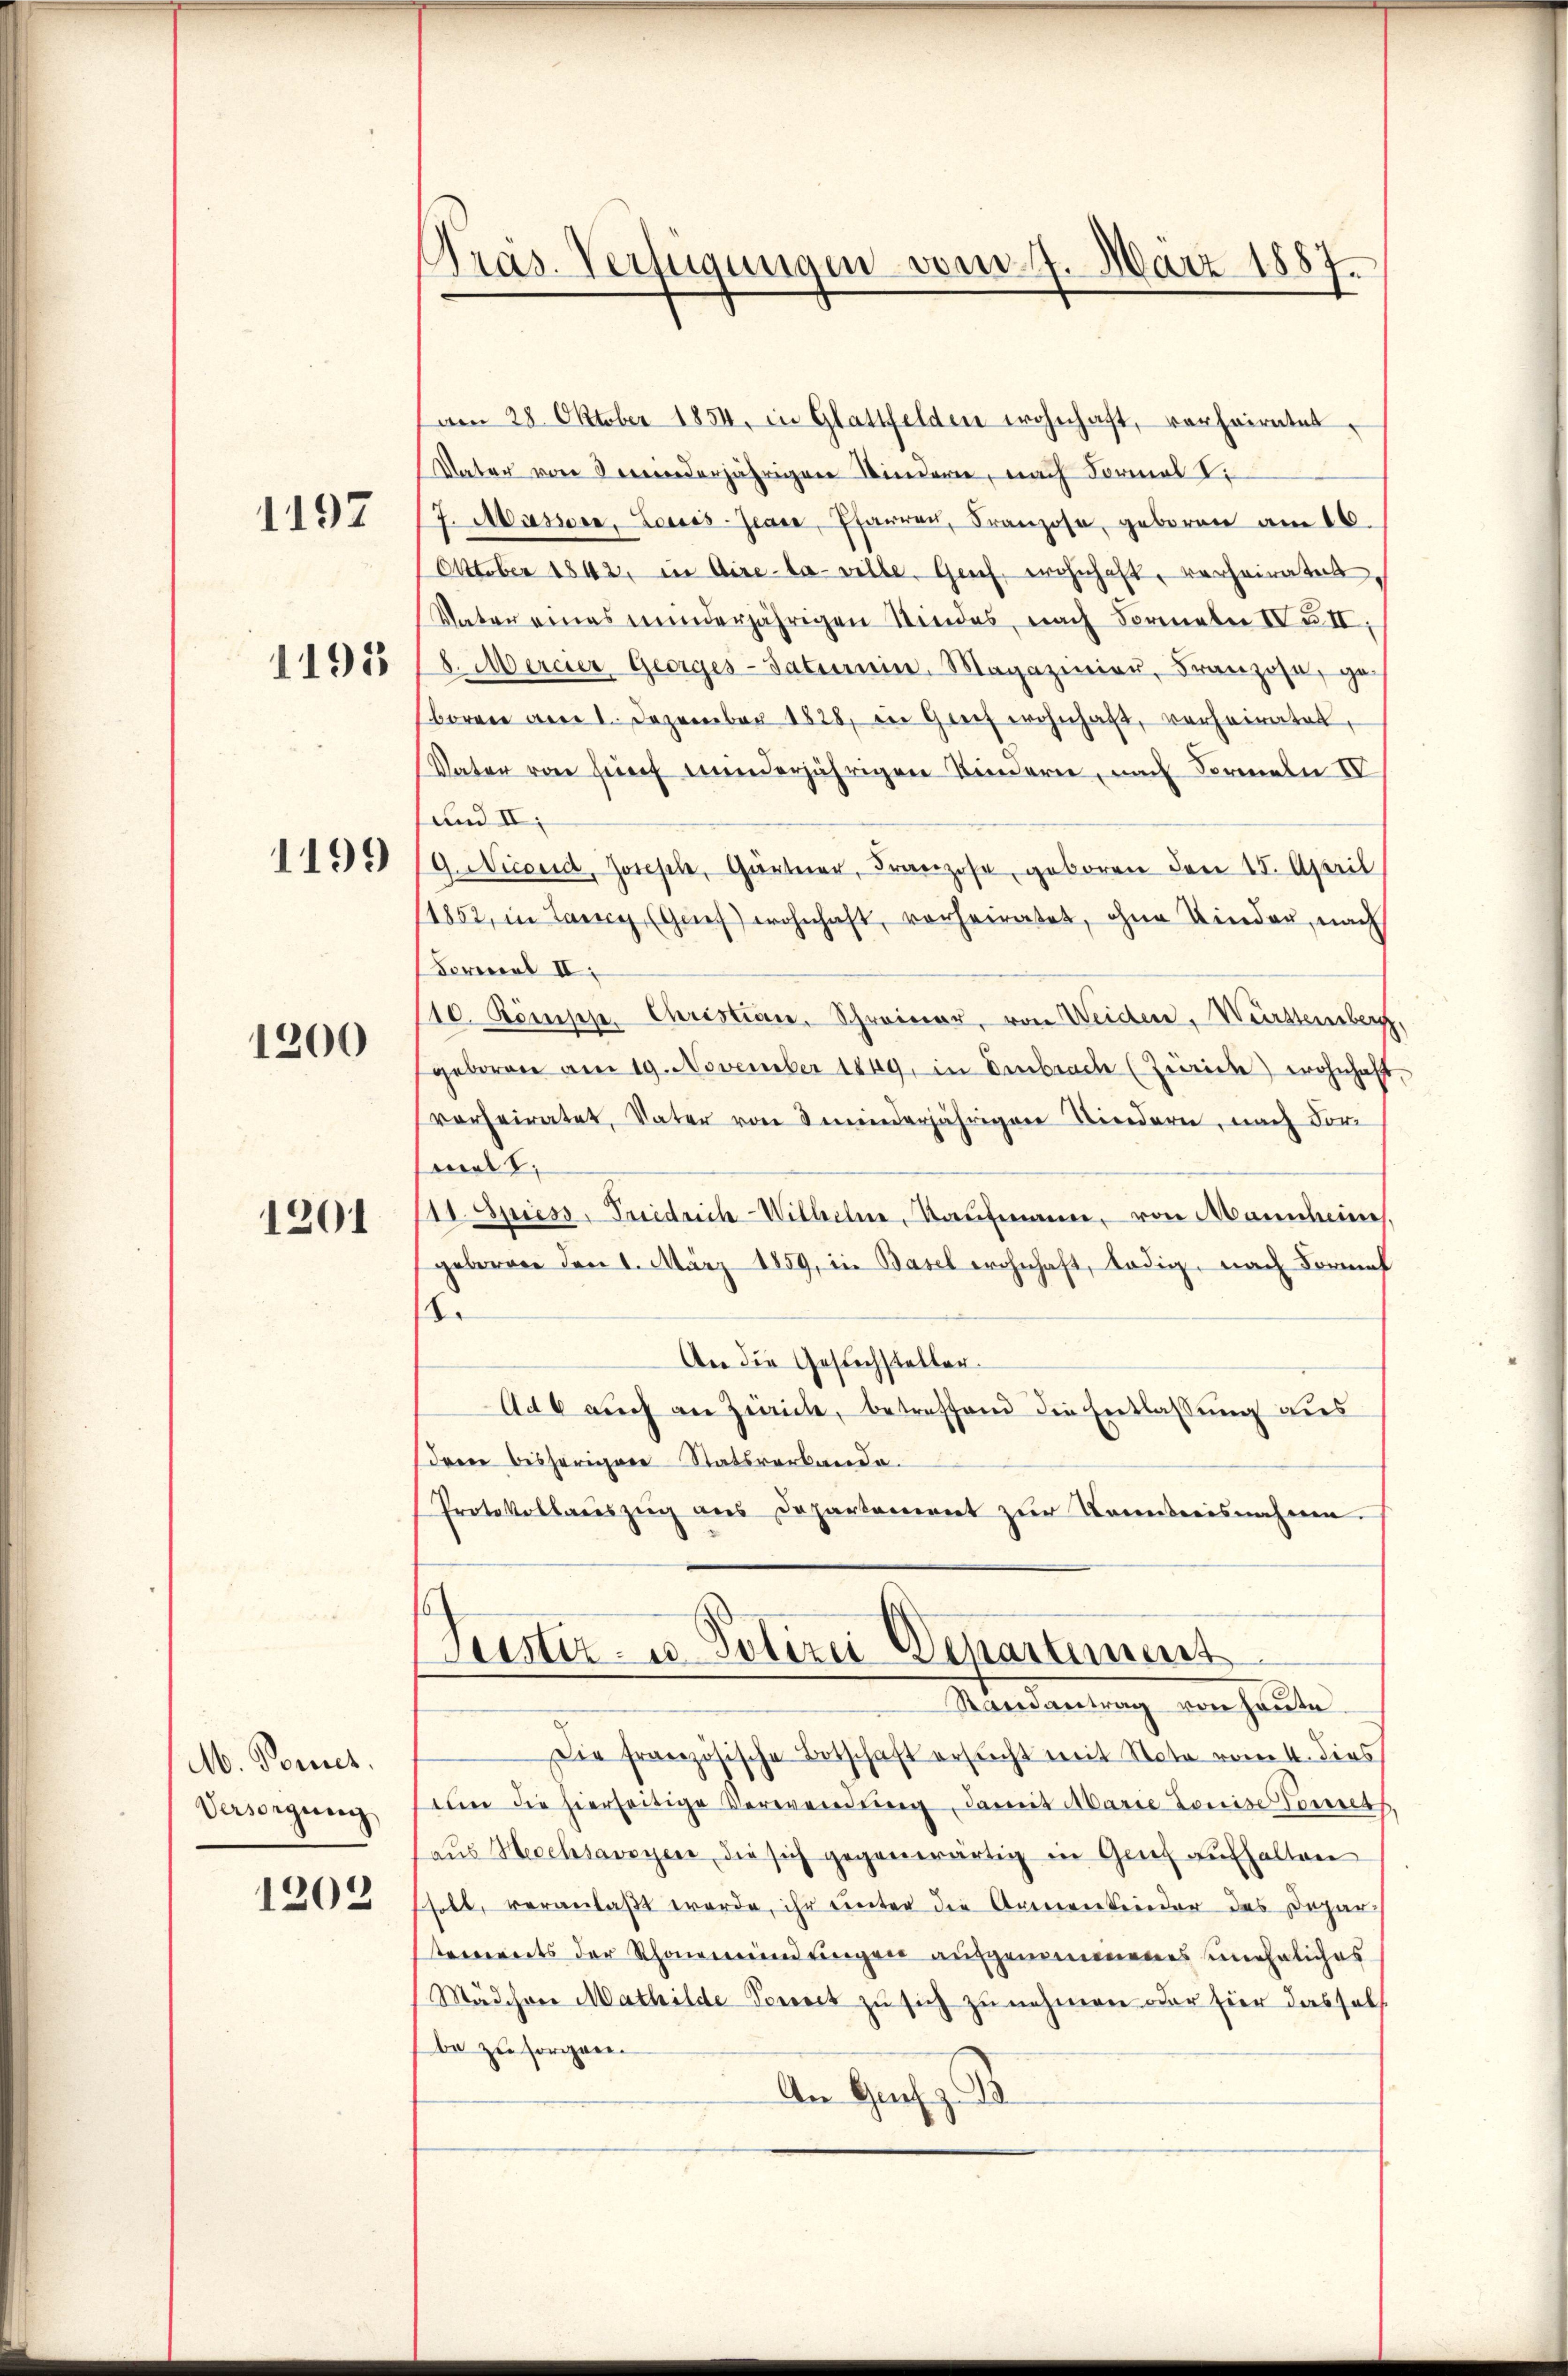
1197

1195

1199

1200

1201

M. Ponnes.
Versorgung

1202

Pras. Verfügungen vom 17. März 1887.

am 28. Oktober 1854, in Glattfelden wohnhaft, vorheiratet,
Vater von derjährigen Kindern, nach Formal Vi
7. Massere, Louis-Jeare, Pfarren, Franzose, geboren am 16.
Oktober 1842, in Aire-la-ville, Genf, wohnhaft, verheirates,
Vater eines minderjährigen Stindes, nach Formeln IV u. II,
8. Mercer Georges-Satinein. Magazinier, Franzose, ge-
boren am 1. Dezember 1828, in Greif wohnhaft, verheiratet,
Vater von fünf minderjährigen Kindern, nach Formeln IV
und II.
G. Nicoed, Joseph, Gärtner, Franzose, geboren den 15. April
1852, in Lang, (Grief) wohnhaft, vorheiratet, ohne Kinder, nach
Forical II.
110. Kömippe. Christian, Schreiner, von Weiden, Württemberg,
geboren am 19. November 1849, in Embrache (Zürich) wohnhaft
verheiratet, Vater von minderjährigen Niedern, nach For-
mal 1
(11. Spiess, Friedrich-Wilhelm, Kaufmann, von Mannheines,
geboren den 1. März 1859, in Basel wohnhaft, ledig, nach Formel
Se
An die Gesuchsteller.
Ad 6 auch an Zürich, betreffend die Entlassung dies
dren bisherigen Statsverkanda.
Protokollauszug aus Departement zur Kenntnisnahmen.
Leistiz- u. Polizei Departiment
Mandantung von heuten
Die französische Botschaft ersucht mit Note vom 4. dies
um die hierseitige Verwendŭng, damit Marie Louise Tennet
aŭs Hecchsavoyen die sich gegenwärtig in Genf aufhalten
soll, veranlaßt werde, ihr unter die Armentender des Depar
trevereits der Schonenrend einger aufgenommenenes uneheliches
Mädchene Mathilde Vorect zu sich zu nehmen oder hier dassels
be zu sorgen.
An Gars z. B